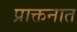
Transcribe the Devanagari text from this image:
प्राक्तनात